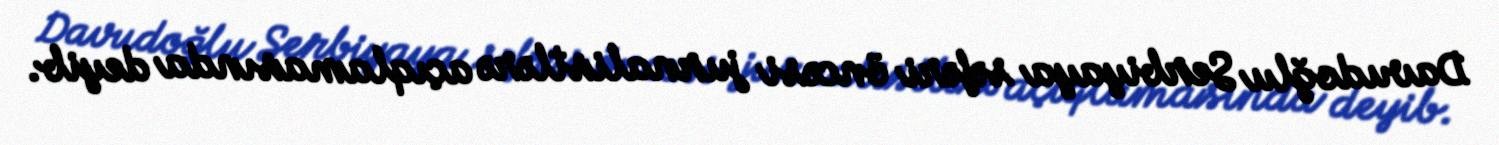
Davudoğlu Serbiyaya səfəri öncəsi jurnalistlərə açıqlamasında deyib.